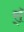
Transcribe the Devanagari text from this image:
र्‍ाॅ